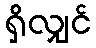
ရှိလျှင်